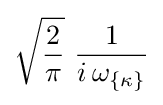
{\sqrt {2 \over \pi }}\,\,{1 \over i\,\omega _{\{\kappa \}}}